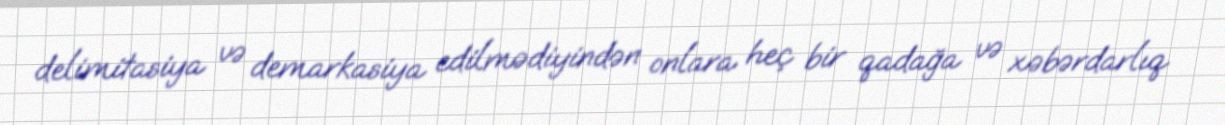
delimitasiya və demarkasiya edilmədiyindən onlara heç bir qadağa və xəbərdarlıq